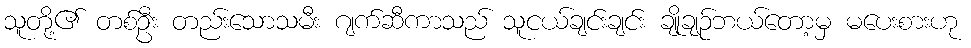
သူတို့၏ တစ်ဦး တည်းသောသမီး ဂျက်ဆီကာသည် သူငယ်ချင်းချင်း ချိုချဉ်ဘယ်တော့မှ မပေးစားဟု